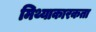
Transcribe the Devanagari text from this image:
मिथ्याकारकता